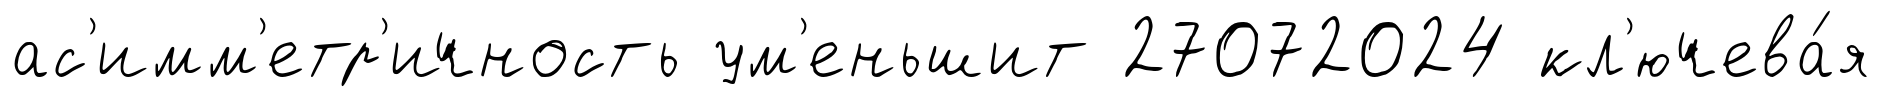
ас'имм'етр'ичность ум'еньшит 27072024 кл'ючева́я